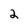
Character: 2